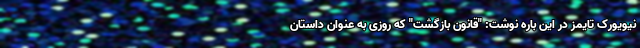
نیویورک تایمز در این باره نوشت: "قانون بازگشت" که روزی به عنوان داستان